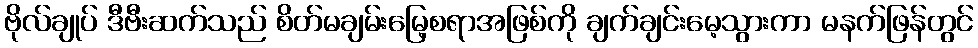
ဗိုလ်ချုပ် ဒီဗီးဆက်သည် စိတ်မချမ်းမြေ့စရာအဖြစ်ကို ချက်ချင်းမေ့သွားကာ မနက်ဖြန်တွင်